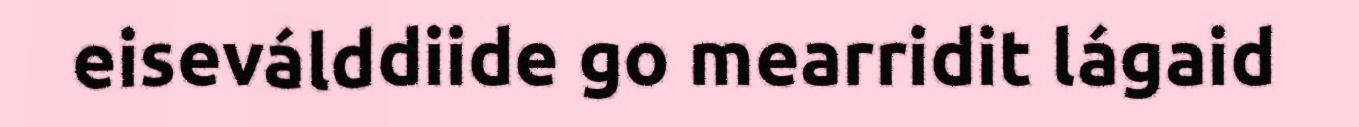
eiseválddiide go mearridit lágaid